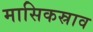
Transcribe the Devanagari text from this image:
मासिकस्राव